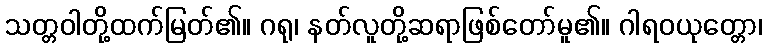
သတ္တဝါတို့ထက်မြတ်၏။ ဂရု၊ နတ်လူတို့ဆရာဖြစ်တော်မူ၏။ ဂါရဝယုတ္တော၊